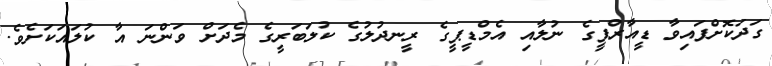
ގަދަކޮށްފައިވާ ޑީއާރްޕީގެ ނުލާއި އެމްޑީޕީގެ ރީނދުލުގެ ކުލަބަރީގެ މެދަށް ވަންނަ އާ ކުލައަކަށެވެ.